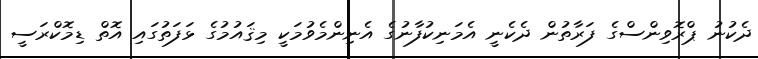
ދެކުނު ޕްރޮވިންސްގެ ފަރާތުން ދެކެނީ އެމަނިކުފާނުގެ އެނިންމެވުމަކީ މިޤައުމުގެ ޅަފަތުގައި އޮތް ޑިމޮކްރަސީ